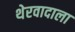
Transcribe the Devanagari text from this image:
थेरवादाला